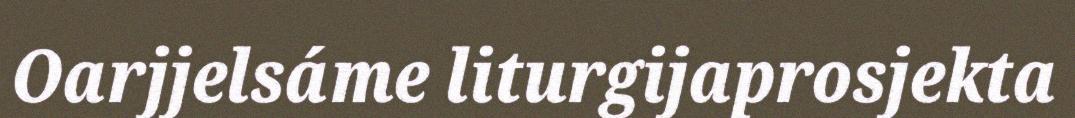
Oarjjelsáme liturgijaprosjekta